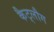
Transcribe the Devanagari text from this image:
कैट्लौग